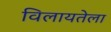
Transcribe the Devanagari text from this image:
विलायतेला